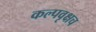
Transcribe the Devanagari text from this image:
कल्पवृक्षच